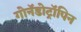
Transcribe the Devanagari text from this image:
गोनॅडोट्रॉपिन